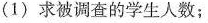
(1)求被调查的学生人数；